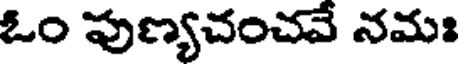
ఓం పుణ్యచంచవే నమః